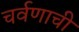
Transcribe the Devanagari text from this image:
चर्वणाची